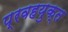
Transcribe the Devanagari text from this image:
प्रवहयुक्त